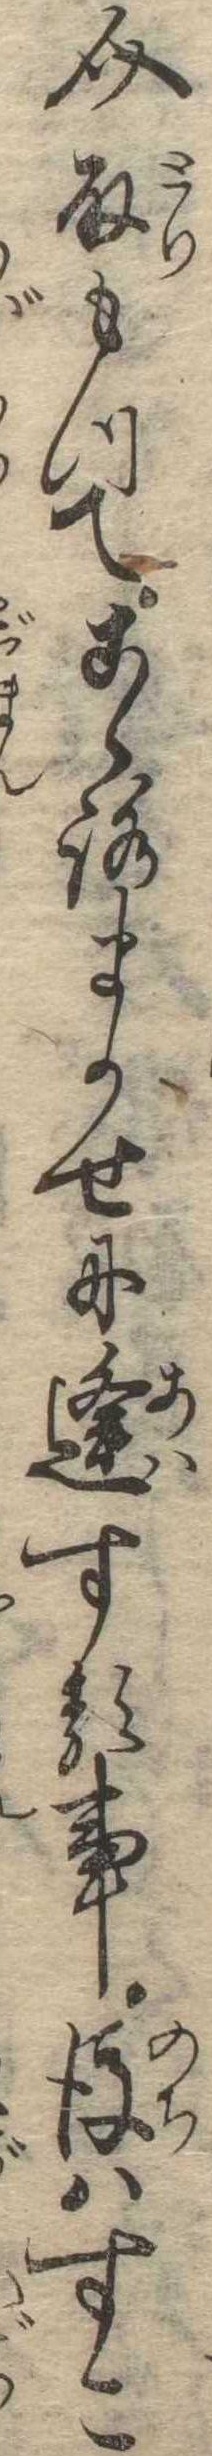
介取もつてこゝろまかせに逢する事後はすこ